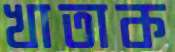
খাতাক